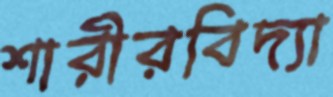
শারীরবিদ্যা